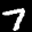
Label: 7